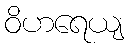
ဝိဟရေယျ